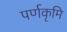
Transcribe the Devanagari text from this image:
पर्णकृमि